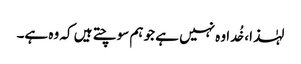
لہٰذا، خُدا وہ نہیں ہے جو ہم سوچتے ہیں کہ وہ ہے۔